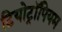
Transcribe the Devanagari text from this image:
टियोट्रॉपियम